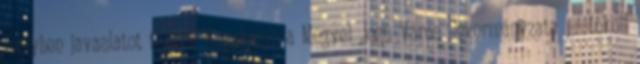
melyben javaslatot teszek Nagykanizsa Megyei Jogú Város Önkormányzata protokoll